Document type: Sale
Year: 1354
Scribe: Bernat de Torre
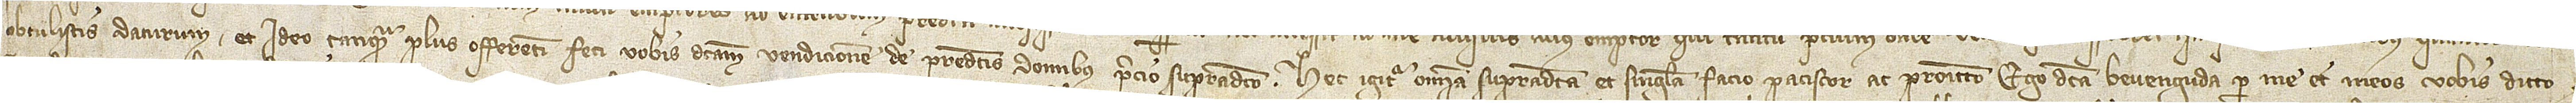
obtulistis daturum. Et ideo tanquam plus offerenti feci vobis dictam vendicionem de predictis domibus precio supradicto. Hec igitur omnia supradicta et singula facio, paciscor et promitto ego dicta Bevenguda per me et meos vobis dicto